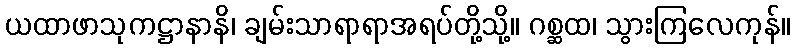
ယထာဖာသုကဋ္ဌာနာနိ၊ ချမ်းသာရာရာအရပ်တို့သို့။ ဂစ္ဆထ၊ သွားကြလေကုန်။